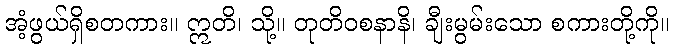
အံ့ဖွယ်ရှိစတကား။ ဣတိ၊ သို့။ တုတိဝစနာနိ၊ ချီးမွမ်းသော စကားတို့ကို။